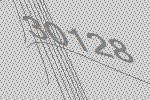
30128